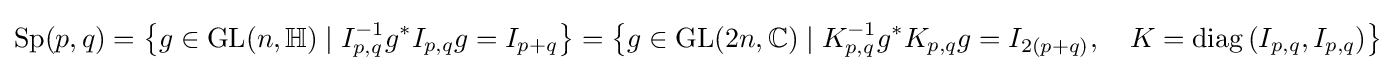
\mathrm {Sp} (p,q)=\left\{g\in \mathrm {GL} (n,\mathbb {H} )\mid I_{p,q}^{-1}g^{*}I_{p,q}g=I_{p+q}\right\}=\left\{g\in \mathrm {GL} (2n,\mathbb {C} )\mid K_{p,q}^{-1}g^{*}K_{p,q}g=I_{2(p+q)},\quad K=\operatorname {diag} \left(I_{p,q},I_{p,q}\right)\right\}